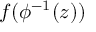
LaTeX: f ( \phi ^ { - 1 } ( z ) )